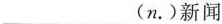
___(n.)新闻